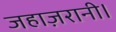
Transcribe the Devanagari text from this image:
जहाज़रानी।